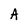
Character: A